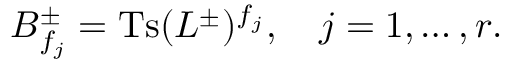
B _ { f _ { j } } ^ { \pm } = \mathrm { T s } ( L ^ { \pm } ) ^ { f _ { j } } , \quad j = 1 , \ldots , r .